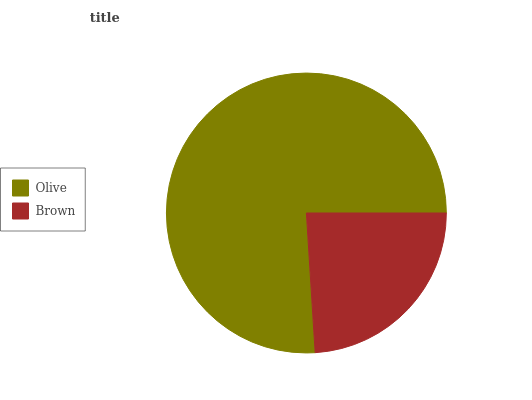
| Olive | Brown |
 | --- | --- |
 | 76% | 24% |